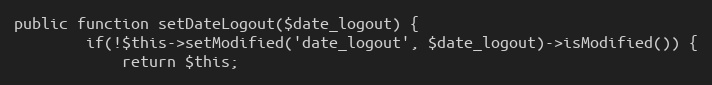
Language: PHP
public function setDateLogout($date_logout) {
        if(!$this->setModified('date_logout', $date_logout)->isModified()) {
            return $this;